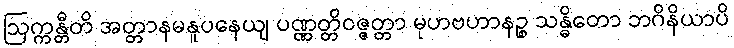
ဩက္ကန္တီတိ အတ္တာနမနူပနေယျ ပဏ္ဏတ္တိဝဇ္ဇတ္တာ မုဟဗဟာနဉ္စ သန္ဓိတော ဘဂိနိယာပိ